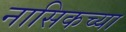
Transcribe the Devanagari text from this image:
नासिकच्या